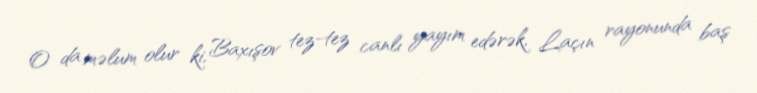
O da məlum olur ki, Baxışov tez-tez canlı yayım edərək, Laçın rayonunda baş